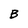
Character: B